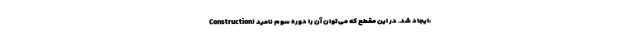
Construction) ایجاد شد. در این مقطع که می‌توان آن را دوره سوم نامید،